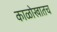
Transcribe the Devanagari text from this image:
काळोखातच